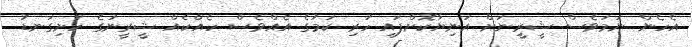
އެހެން ނަމަވެސް ޝީރީނަށް އަނިޔާކޮށްފައި ހުރި ކަމުގެ އެއްވެސް ހެއްކެއް ޝީރީނުގެ ހަށިގަނޑު